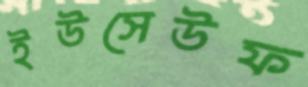
ইউসেউফ